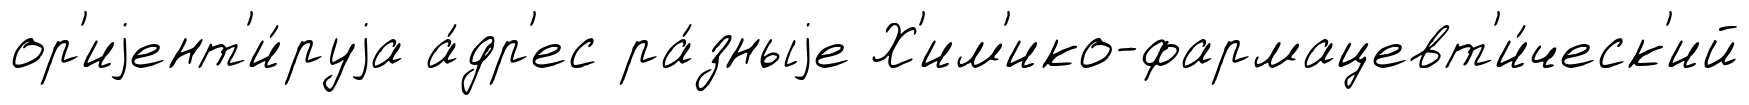
ор'иjент'и́руjа а́др'ес ра́зныjе Х'им'ико-фармацевт'и́ческ'ий